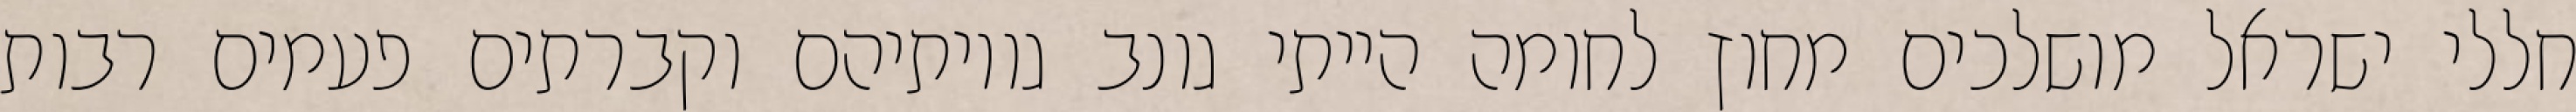
חללי ישראל מושלכים מחוץ לחומה הייתי גונב גויותיהם וקברתים פעמים רבות